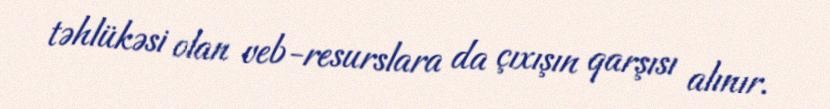
təhlükəsi olan veb-resurslara da çıxışın qarşısı alınır.